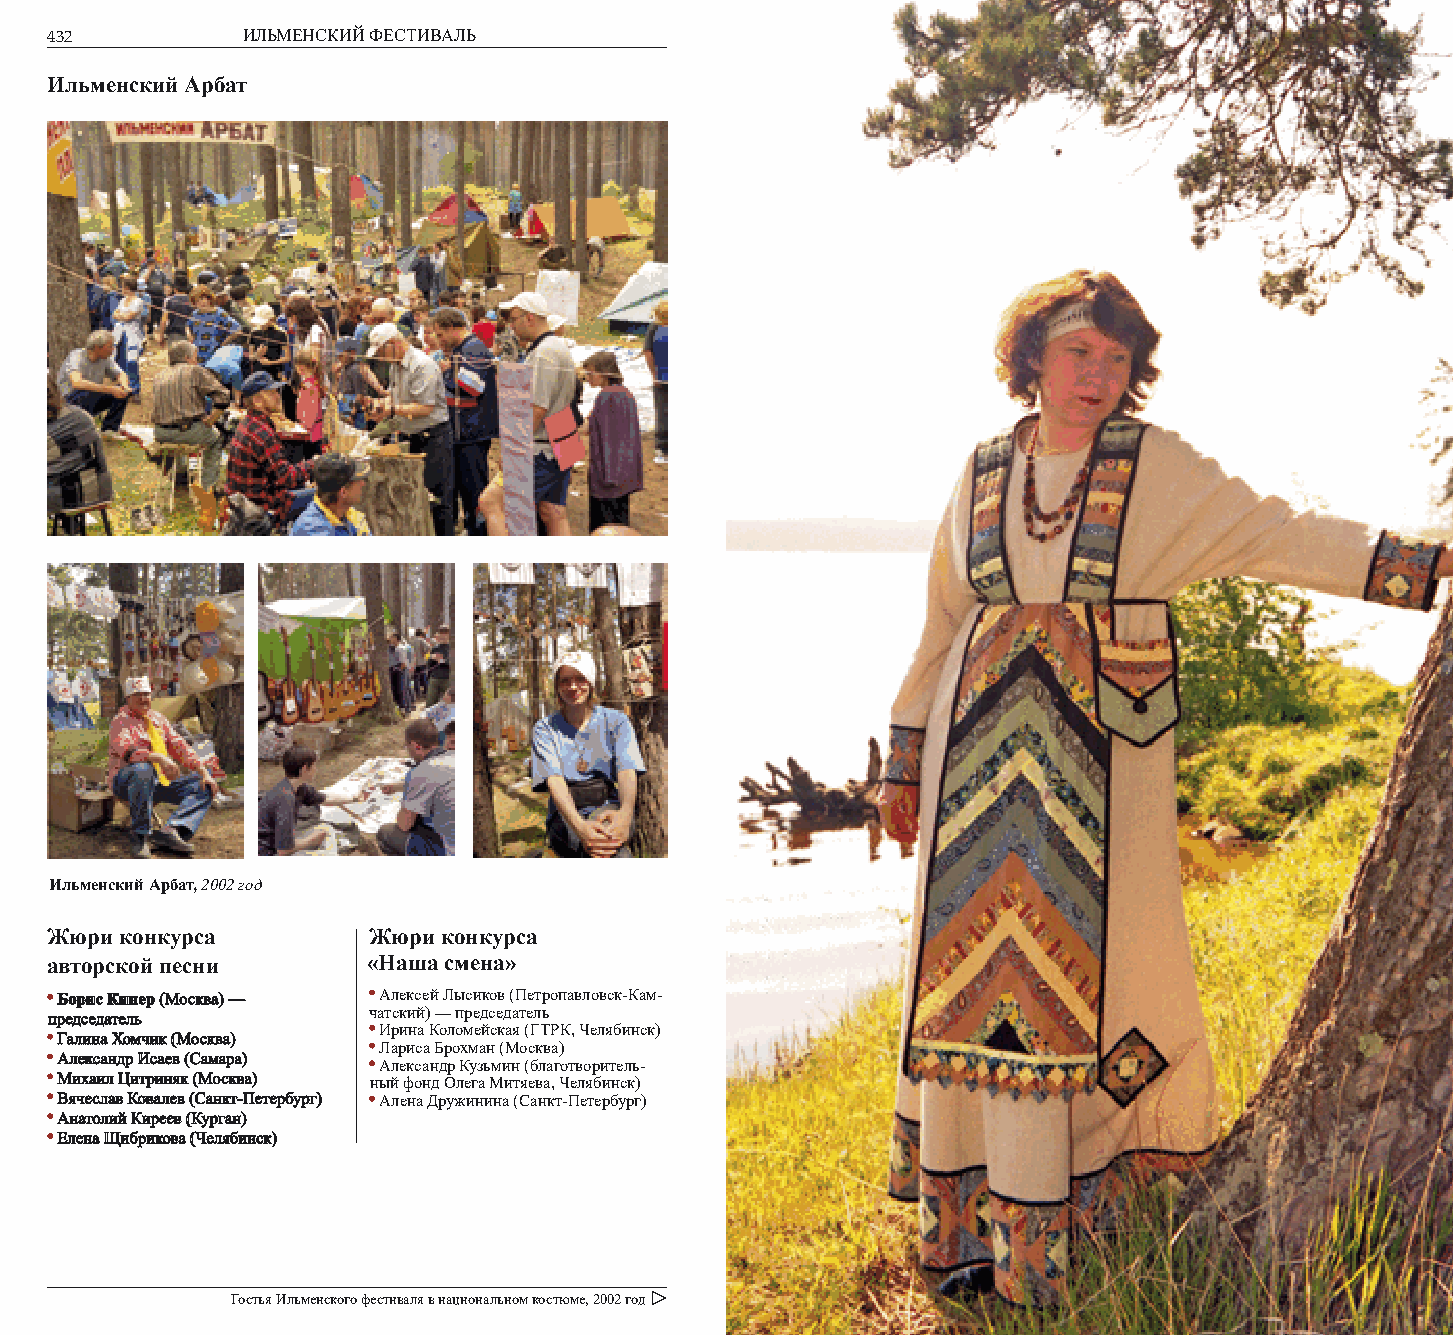
432          ИЛЬМЕНСКИЙ ФЕСТИВАЛЬ                               ГОД ЗА ГОДОМ: 2002      433
 Ильменский Арбат
 Ильменский Арбат, 2002 год
 Жюри конкурса        Жюри конкурса
 авторской песни      «Наша смена»
 ББоорриисс ККииннеерр ((ММоосскквваа)) —— Алексей Лысиков (Петропавловск-Кам-
 чатский) — председатель
 ппррееддссееддааттеелльь
 Ирина Коломейская (ГТРК, Челябинск)
 ГГааллииннаа ХХооммччиикк ((ММоосскквваа))
 Лариса Брохман (Москва)
 ААллееккссааннддрр ИИссааеевв ((ССааммаарраа))
 Александр Кузьмин (благотворитель-
 ММииххааиилл ЦЦииттрриинняякк ((ММоосскквваа)) ный фонд Олега Митяева, Челябинск)
 ВВяяччеессллаавв ККооввааллеевв ((ССааннкктт--ППееттееррббуурргг)) Алена Дружинина (Санкт-Петербург)
 ААннааттооллиийй ККиирреееевв ((ККууррггаанн))
 ЕЕллееннаа ЩЩииббррииккоовваа ((ЧЧеелляяббииннсскк))
 Гостья Ильменского фестиваля в национальном костюме, 2002 год